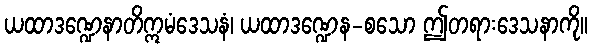
ယထာဒဏ္ဍေနာတိဣမံဒေသနံ၊ ယထာဒဏ္ဍေန-စသော ဤတရားဒေသနာကို။